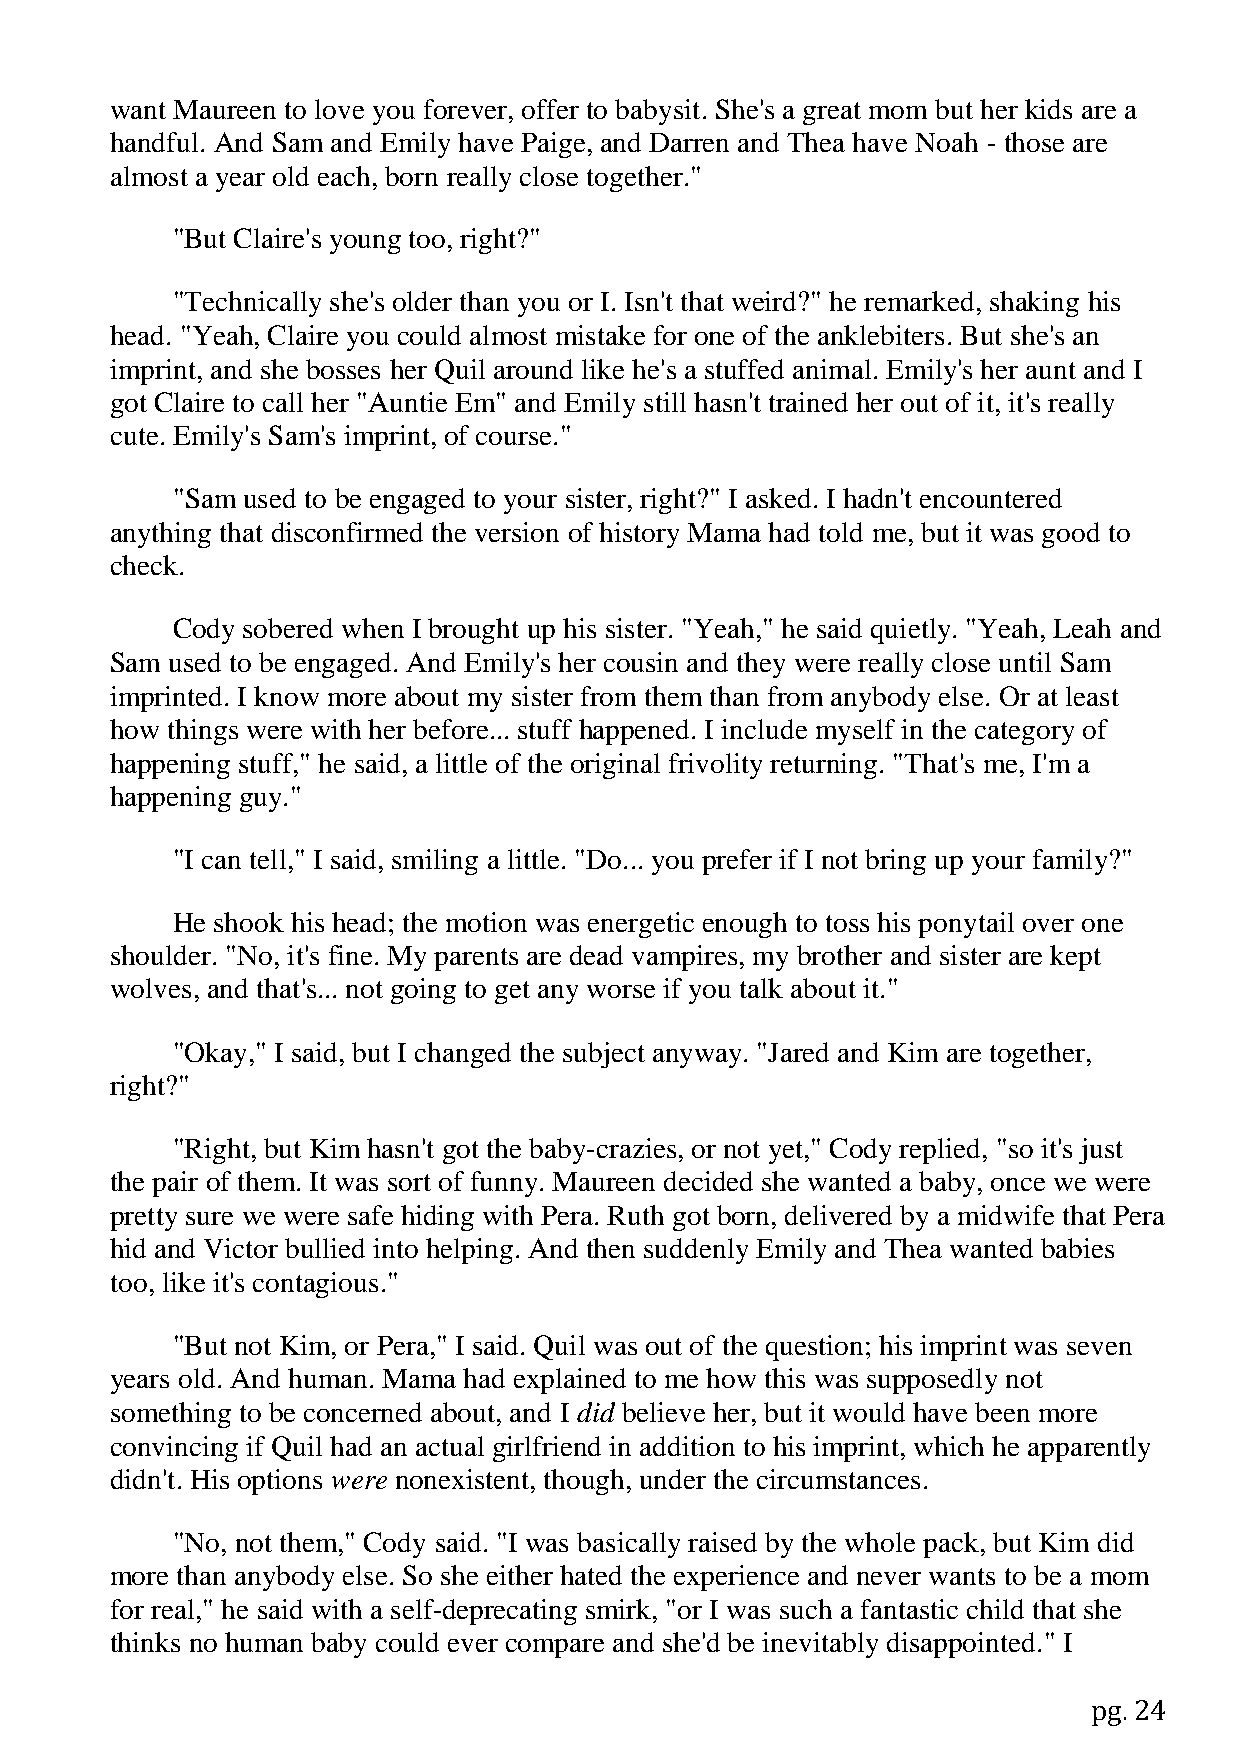
want Maureen to love you forever, offer to babysit. She's a great mom but her kids are a
 handful. And Sam and Emily have Paige, and Darren and Thea have Noah - those are
 almost a year old each, born really close together."
 "But Claire's young too, right?"
 "Technically she's older than you or I. Isn't that weird?" he remarked, shaking his
 head. "Yeah, Claire you could almost mistake for one of the anklebiters. But she's an
 imprint, and she bosses her Quil around like he's a stuffed animal. Emily's her aunt and I
 got Claire to call her "Auntie Em" and Emily still hasn't trained her out of it, it's really
 cute. Emily's Sam's imprint, of course."
 "Sam used to be engaged to your sister, right?" I asked. I hadn't encountered
 anything that disconfirmed the version of history Mama had told me, but it was good to
 check.
 Cody sobered when I brought up his sister. "Yeah," he said quietly. "Yeah, Leah and
 Sam used to be engaged. And Emily's her cousin and they were really close until Sam
 imprinted. I know more about my sister from them than from anybody else. Or at least
 how things were with her before... stuff happened. I include myself in the category of
 happening stuff," he said, a little of the original frivolity returning. "That's me, I'm a
 happening guy."
 "I can tell," I said, smiling a little. "Do... you prefer if I not bring up your family?"
 He shook his head; the motion was energetic enough to toss his ponytail over one
 shoulder. "No, it's fine. My parents are dead vampires, my brother and sister are kept
 wolves, and that's... not going to get any worse if you talk about it."
 "Okay," I said, but I changed the subject anyway. "Jared and Kim are together,
 right?"
 "Right, but Kim hasn't got the baby-crazies, or not yet," Cody replied, "so it's just
 the pair of them. It was sort of funny. Maureen decided she wanted a baby, once we were
 pretty sure we were safe hiding with Pera. Ruth got born, delivered by a midwife that Pera
 hid and Victor bullied into helping. And then suddenly Emily and Thea wanted babies
 too, like it's contagious."
 "But not Kim, or Pera," I said. Quil was out of the question; his imprint was seven
 years old. And human. Mama had explained to me how this was supposedly not
 something to be concerned about, and I did believe her, but it would have been more
 convincing if Quil had an actual girlfriend in addition to his imprint, which he apparently
 didn't. His options were nonexistent, though, under the circumstances.
 "No, not them," Cody said. "I was basically raised by the whole pack, but Kim did
 more than anybody else. So she either hated the experience and never wants to be a mom
 for real," he said with a self-deprecating smirk, "or I was such a fantastic child that she
 thinks no human baby could ever compare and she'd be inevitably disappointed." I
 pg. 24